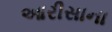
આરીસાના